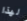
لهذا